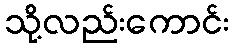
သို့လည်းကောင်း